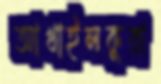
আখাইলকুরা